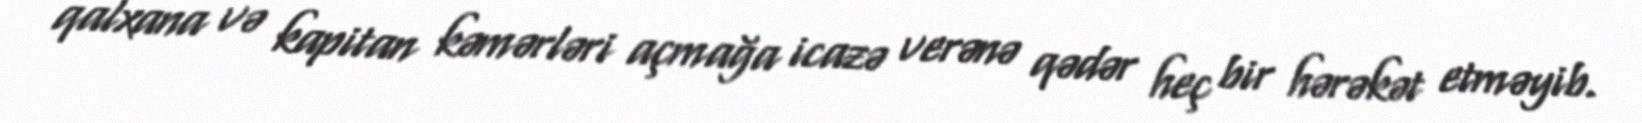
qalxana və kapitan kəmərləri açmağa icazə verənə qədər heç bir hərəkət etməyib.